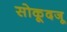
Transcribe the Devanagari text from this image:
सोकूदजू